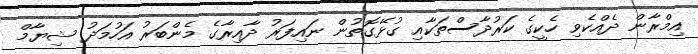
އިމްރާން ދެއްކެވި ހެކީގެ ކަރުދާސްތަކާއި ގުޅޭގޮތުން ނައިފަރު ދާއިރާގެ މެންބަރު އަހުމަދު ޝިޔާމް